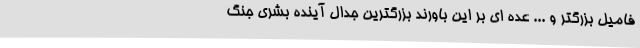
فامیل بزرگتر و ... عده ای بر این باورند بزرگترین جدال آینده بشری جنگ